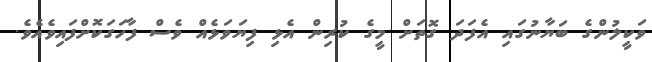
ވަކީލުންގެ ބަޔާނުގައި އެފަދަ ގޮތަށް މީގެ ކުރިން އެޅި ފިޔަވަޅެއް ވެސް ފާހަގަކޮށްފައިވެއެވެ.